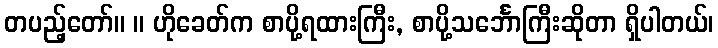
တပည့်တော်။ ။ ဟိုခေတ်က စာပို့ရထားကြီး, စာပို့သင်္ဘောကြီးဆိုတာ ရှိပါတယ်၊